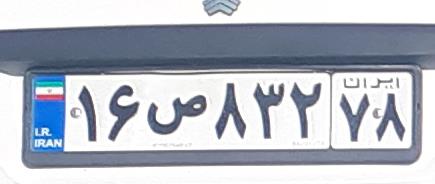
۱۶ص۸۳۲۷۸